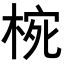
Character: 𭪮